Vital statistics of India. Vol. VI, European troops 1870-79
Year: 1870
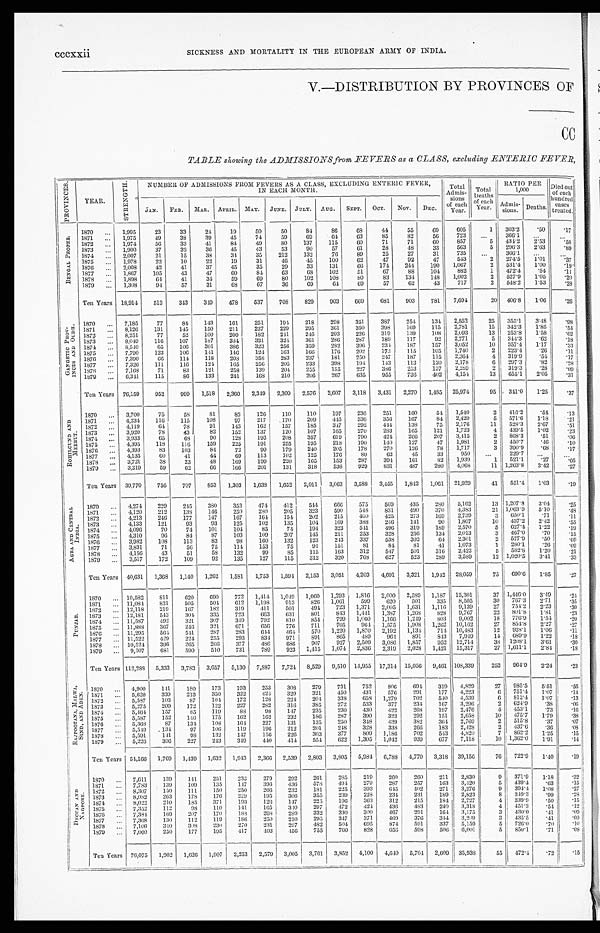
cccxxii
SICKNESS AND MORTALITY IN THE EUROPEAN ARMY OF INDIA.
V.—DISTRIBUTION BY PROVINCES OF
CC
TABLE showing the ADMISSIONS from FEVERS as a CLASS, excluding ENTERIC FEVER,
P R O V I N C E S .
YEAR.
S T R E NGT H.
NUMBER OF ADMISSIONS FROM FEVERS AS A CLASS, EXCLUDING ENTERIC FEVER,
IN EACH MONTH.
Total
Admi s-
sions of each
Year.
T o t a l
Deaths o f e a c h
Y e a r .
RATIO PEP,
1,000
Died out
of each
hundred
cases
treated.
JAN. FEB.
MAR. APRIL. MAY. JUNE. JULY. AUG. SEPT. OCT. NOV. DEC.
Admis-
sions. Deaths.
B E N G A L P R O P E R . 1870
. . . 1,995
23
33
2 4
19
50
50
84
86
68
44
55
69
605
1 303.2
.50
.17
1871
. . . 1,975
49
38
39
45
74
59
69
64
63
85
82
56
723
...
366.1
. . .
. . .
1872
. . . 1,974
56
33
41
84
49
80
137
115
6 0
71
71
60
857
5 434.2 2.53
.58
1873
. . . 1,900
37
32
3 6
45
43
53
90
57
61
28
4 8
33
563
5 396.3
2 . 6 3 .89
1874
. . . 2,007
21
15
3 8
34
35
212
132
76
89
25
27
31
735 ...
366.1
. . .
. . .
1875
. . . 1,978
22
10
2 2
19
31
4 6
45
100
62
47
92
4 7 543
2 274.5
1 . 0 1
. 3 7
1876
. . . 2,008
42
41
37
45
35
29
33
131
6 6
174
2 4 4
1 9 0
1, 067
2 531.4
1 . 0 0
. 1 9
1877
. . . 1,867
105
4 3
47
6 0
84
63
68
102
51
67
88
1 0 4
882
1 472.4
. 5 4
. 1 1
1878 . . . 1,898
64
41
3 4
59
69
80
102
108
8 0
8 3 134
148
1, 002
2 527.9
1 . 0 5
. 2 0
1879
. . . 1,308
94
57
31
68
67
36
69
64
6 9
57
6 2
4 3 717
2 548.2
1 . 5 3
. 2 8
Ten Years 18,914
513
343
3 4 9
478
537
708
829
903
669
681
903
781 7,694
20 406.8
1.06
.26
G A N G E T I C P R O V -
I N C E S A N D O U D H . 1870
. . . 7,185
77
84
143
161
251
1 9 4
218
298
351
387
254
1 3 4
2,552
25 355.1 3.48
.98
1871
. . . 8,126
131
145
150
211
227
229
295
361
350
398
169
1 1 5 2,781
1 5 342.3
1 . 8 5
. 5 4
1872
. . . 8,251
77
52
100
200
182
241
246
203
226
319
139
1 0 8 2,093
1 3 253.8
1 . 5 8
. 6 2
1873 . . . 8,049
116
107
187
384
321
3 2 4
361
2 8 6
287
189
117
9 2 2.771
5 344.3
. 6 2
. 1 8
1874 . . . 8,540
6 5 106
301
386
323
2 5 6
359
282
396 234
187
1 5 7 3,052
1 0 357.4
1 . 1 7
. 3 3
1875
. . . 7,790
123
106
141
146
124
163
166
176
202
173
1 1 5 1 0 5 1,740
2 223.4
. 2 6
. 1 1
1876
. . . 7,390
6 6 114
118
208
358
283
237
181
250
247
187
1 1 5 2,364
4 319.9
. 5 4
. 1 7
1877
. . . 7,326 111
116
1 2 4 165
256
205
233
398
194
143
113
1 2 0 2,178
6 297.3
. 8 2
. 2 8
1 8 7 9
. . . 7,168
71
83
121
258
139
204
255
155
227 386
2 5 3 1 3 7 2,289
2 319.3
. 2 8
. 0 9
1879
... 6,341
115
86
133
241
168
210
206
267
635
955
736
4 0 2 4,154
1 3 655.1
2 . 0 5
. 3 1
Ten Years 76,159
952
999 1,518 2,360 2,349 2,309 2,576 2,607 3,118 3,431 2,270 1,485 25,974
95 341.0 1.25
.37
R O H I L C U N D A N D
M E E R U T .
1870 ... 3,700
75
58
8 1
82
1 2 6
110
110
197
236
251
160
54
1,540
2 416.2
.54
.13
1871 ... 4,234
116
115
108
97
217
170
209
445
336
3 5 6
167
8 4
2,420
5
571.6
1 . 1 8
. 2 1
1872
. . . 4,119
64
78
91
143
162
157
185
347 292
444
1 3 8
7 5 2,176
1 1
528.3
2 . 6 7
. 5 1
1873 ... 3,920
78
43
82
152
137
120
107
165
270
2 8 3
165
1 2 1
1,723
4
439.5
1 . 0 2
. 2 3
1874
... 3,933
6 5 68
90
128
193
208
357
619
790
424
2 6 6
2 0 7 3,415
2
868.3
. 5 1
. 0 6
1875 ... 4,395
118 116
159
225
191
255
195
218
190
1 4 0
127
4 7
1,981
2
450.7
. 4 6
. 1 0
1876
. . . 4,393
83
103
8 4
72
99
179
240
205 178
2 7 0
1 2 6
7 8
1 , 7 1 7
3 390.9
. 6 8
. 1 7
1877 ... 4,135
6 0 41
44
69
113
102
125
176
8 0
62
45
3 3
950
. . .
229.7
. . .
. . .
1878 ... 3,721
38
23
48
169
199
220
165
153
2 8 7
3 9 4
1 6 1
8 2
1,939
1 521.1
. 2 7
. 0 5
1879 ... 3,219
59
62
6 6
166
201
131
318
538
9 2 9
831
4 8 7
2 8 0 4,068
1 1 1,263.8
3 . 4 2
. 2 7
Ten Years 39,770
756
707
853 1,303 1,638 1,652 2,011 3,063 3,588 3,455 1,842 1,061 21,929
41 551.4 1.03
. 1 9
A G R A A N D C E N T R A L
I N D I A . 1870 ... 4,274 229
245
380
353
474
412
544
666
575
569
435
280 5,162
13 1,207.8
3.04
.25
1871 ... 4,120
212
138
146
250
280
205
323
5 9 0
5 4 8
8 3 1
4 9 0
3 7 0
4,383
2 1
1, 063. 9
5 . 1 0
. 4 8
1872 ... 4,213
246
177
147
167
164
154
2 0 2
2 1 5
4 0 0
4 2 5
2 7 3
1 6 9
2,739
3
650.1
. 7 1
. 1 1
1873 ... 4,133
121
93
93
125
102
135
1 0 4
1 6 9
3 8 8
2 4 6
1 4 1
9 0
1,807
1 0
437.2
2 . 4 2
. 5 5
1874 ... 4,096
70
74
101
104
85
74
1 9 4
3 2 3
5 4 1
4 9 6
3 1 9
1 8 9
2,570
5
627.4
1 . 2 2
. 1 9
1875 ... 4,310
96
84
87
103
109
207
1 4 5
2 1 1
2 5 3
3 2 8
2 5 6
1 3 4
2,013
3
467.0
. 7 0
. 1 5
1876 ... 3,982
108
113
83
98
160
132
1 2 3
2 4 3
3 3 7
5 3 8 3 0 2
6 4
2,301
2
577.9
. 5 0
. 0 9
1877
. . . 3,831
71
56
75
114
153
75
9 1
1 5 1
8 1
8 4
8 1
4 1
1 , 0 7 3
1
280.1
. 2 6
. 0 9
1878 ... 4,156
4 3 51
58
132
99
85
1 1 5
1 6 3
3 1 2
5 4 7
5 0 1
3 1 6
2,422
5 582.8
1 . 2 0
. 2 1
1879 ... 3,517
172
109
92
135
127
115
3 1 2
3 2 0
768
627 5 2 3
2 8 9 3,589
1 2 1,020.5
3 . 4 1
. 3 3
Ten Years 40,631 1,368 1,140 1,262 1,581 1,753 1,594 2,153 3,051 4,203 4,691 3,321 1,942 28,059
75 690.6 1.85
.27
P U N J A B .
1870 ... 10,582
811
620
690
772 1,414 1,049 1,060
1 , 2 9 3
1,816 2,000
2,589
1 , 1 8 7 15,301
3 7 1,446.0
3 . 4 9
. 2 4
1871 ... 11,084 831
505
504
612 1,198
913
826
1 , 0 6 1
5 9 9 620
501
3 3 5
8,505
3 0
767.3
2 . 7 1
. 3 5
1872
. . . 12,118
219
167
182
319
411
501
494
7 2 3 1,371
2 , 0 0 5
1,631
1 , 1 1 6
9,139
2 7
754.2
2 . 2 3
. 3 0
1873 ... 12,181
543
304 335
723
663
631
801
8 4 3
1,441 1,387
1 , 2 6 8
8 2 8
9,767
2 2
801.8
1 . 8 1
. 2 3
1874 ... 11,587
4 9 2 321
307
349
792
810
854
7 9 9 1,060
1 , 1 6 6
1,249
8 0 3 9,002
1 8
776.9
1 . 5 4
. 2 0
1875 ... 11,888 367
246 321
671
656
776
711
7 0 5
964
1 , 5 7 5
1,908
1 , 2 6 2 10,162
2 7
854.8
2 . 2 7
. 2 7
1876
. . . 11,295
564 541
287
283
644 464
570
1 , 2 2 0
1 , 8 7 0
2 , 1 9 2 1 , 1 3 4
7 1 4
10, 483
1 2 928.1
1 . 0 6
. 1 1
1877
. . . 11,522
429
224
255
293
834 971
891
8 6 5
4 8 9
964
8 9 1
8 4 3 7,949
1 4 689.9
1 . 2 2
. 1 8
1878
... 10,524 396
265
266
377
486
686
907
9 2 7
2,509
3 , 0 8 6
1,857
9 5 2 12,714
3 8 1208.1
3 . 6 1
. 3 0
1879 ... 9,507
681
590
510
731
789
923 1,415
1 , 0 7 4
2,836 2,319
2 , 0 2 8
1 , 4 2 1 15,317
2 7
1,611.1
2 . 8 4
. 1 8
Ten Years 112,283 5,333 3,783 3,657 5,130 7,887 7,724 8,529 9,510 14,955 17,314 15,056 9,461 108,339
252 964.9 2.24
.23
R A J P O O T A N A , M A L W A ,
S I N D , A N D A D E N . 1870
. . . 4,900
141
180
173
193
253
308
279
731
752
806
694
319 4,829
27 985.5 5.51
.56
1871
... 5,620
339
213
350
322
424
329
321
450
431
576
291
177 4,223
6
7 5 1 . 4
1 . 0 7
. 1 4
1872
. . . 5,587
103
87
104
172
128
224 204
338
6 5 8
1 , 2 7 9
7 0 2
5 4 0
4 , 5 3 9
6 8 1 2 . 4
1 . 0 7
. 1 3
1873 ... 5,275
209
172
122
227
282
316
385
272
5 3 3
3 7 7 2 3 4
1 6 7
3 , 2 9 6
2
6 2 4 . 9
. 3 8
. 0 6
1874
. . . 5,464
157
85
119
88
98
147
235
230
4 3 0
4 2 2
2 6 8
1 9 7
2,476
4
4 5 3 . 1
. 7 3
. 1 6
1875 ... 5,587
152
146
175
162
162
232
186
287
3 9 0
3 2 3 2 9 2
1 5 1
2 , 6 5 8
1 0
4 7 5 . 7
1 . 7 9
. 3 8
187 6
. . . 5,368
87
134 108
164
227
131
135
2 5 0
3 4 8
439
3 8 2
3 6 4
2,769
2
5 1 5 . 8
. 3 7
. 0 7
1877 ... 5,549
134
97
106
119
196
212
201
2 4 8
3 2 8
3 3 8 2 6 6
1 8 3
2 , 4 2 8
2
4 3 7 . 6
. 3 6
. 0 8
1878
. . . 5,591
141
9 8 132
147
156 226
303
3 3 7
8 0 9
1 , 1 8 6
7 0 2
5 4 3
4 , 8 2 0
7 862.2
1 . 2 5
. 1 5
1879 ... 5,226
306
227
243
349 440
414
554
622 1,305 1,042
9 3 9
6 7 7
7,118
1 0
1,362.0
1 . 9 1
. 1 4
Ten Years 54,166 1,769 1,439 1,632 1,943 2,366 2,539 2,803 3,805 5,984 6,788 4,770 3,318 39,156
76 722.9 1.40
.19
D E C C A N A N D
N A G P O R E .
1870
. . . 7,611
139
141
251
232
279
292
261
285
219
260
260
211 2,830
9 371.9
1.18
.32
1871
. . . 7,783
139
109
135
147
396
436
5 7 8
4 9 4
2 7 9
2 8 7 2 5 7
1 6 3 3 , 4 2 0
5 439.4
. 6 3
. 1 5
1 8 7 2 ... 8,307
150
111
150
250
266
232
1 8 1
2 2 5
3 9 3
645
4 0 2
2 7 1 3,276
9
3 9 4 . 4
1 . 0 8
. 2 7
1873
. . . 8,082
263
178
176
229
195
306
3 5 5
2 3 9
2 2 8
2 3 4 2 3 1
1 8 9
2 , 8 2 3
8
3 4 9 . 3
. 9 9
. 2 8
1874 . . . 8,022
210
185
371
193
126
147
2 2 5
1 9 6
3 6 3
3 1 2 2 1 5
1 8 4
2 , 7 2 7
4
3 3 9 . 9
. 5 0
. 1 5
1875 ... 7,352
112
9 8 110
141
165
340
2 9 7
4 7 2
4 2 4
436
4 8 3
2 4 0
3,318
4 451.3
. 5 4
. 1 2
1876 . . . 7,384
169
207
170
188
268
289
3 3 2
3 3 0
3 0 0
4 6 7 2 9 1
1 6 4
3 , 1 7 5
3
4 3 0 . 0
. 4 1
. 0 9
1877
. . .
7 , 3 6 8
130
112
119
186
250
210
2 9 5
3 4 7
3 7 1
469
3 7 6
3 4 4
3,209 3
4 3 5 . 5
. 4 1
. 0 9
1878
. . .
7 , 1 0 6
340 308
230
270
231
297
4 8 2
5 0 4
6 9 5
8 7 4 5 9 1
3 3 7
5 , 1 5 9
5 726.0
. 7 0
. 1 0
1879
. . .
7 , 0 6 0
250
177
195
417
403
456
7 5 5
7 6 0 8 2 8
658
5 9 8
5 0 6 6 , 0 0 1
5 850.1
. 7 1
. 0 8
Ten Years 76,075 1,902 1,626 1,907 2,253 2,579 3,005 3,761 3,852 4,100 4,640 5,704 2,609 35,938
55 472.4
.72
.15